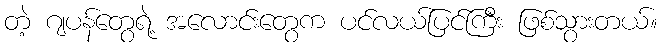
တဲ့ ဂျပန်တွေရဲ့ အလောင်းတွေက ပင်လယ်ပြင်ကြီး ဖြစ်သွားတယ်။